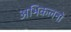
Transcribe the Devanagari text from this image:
अभिकलनों